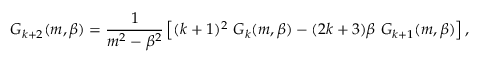
G _ { k + 2 } ( m , \beta ) = \frac { 1 } { m ^ { 2 } - \beta ^ { 2 } } \left[ ( k + 1 ) ^ { 2 } \ G _ { k } ( m , \beta ) - ( 2 k + 3 ) \beta \ G _ { k + 1 } ( m , \beta ) \right] ,